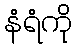
နံရံကို